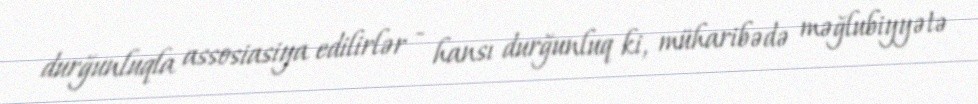
durğunluqla assosiasiya edilirlər - hansı durğunluq ki, müharibədə məğlubiyyətə